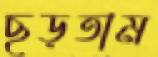
ছড়তাম